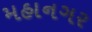
મહાનગર